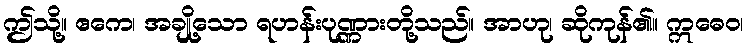
ဤသို့။ ဧကေ၊ အချို့သော ရဟန်းပုဏ္ဏားတို့သည်။ အာဟု၊ ဆိုကုန်၏။ ဣဓေဝ၊